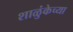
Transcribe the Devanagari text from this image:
शाळुंकेच्या